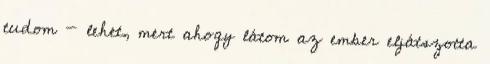
tudom - lehet, mert ahogy látom az ember eljátszotta